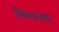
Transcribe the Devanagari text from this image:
स्थिरावल्यावर